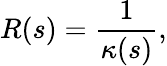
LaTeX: R(s)={\frac{1}{\kappa(s)}},